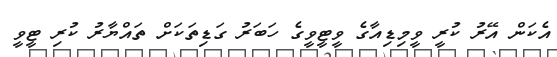
އެކަން އޭރު ކުރީ ވީމިޑިއާގެ ވީޓީވީގެ ހަބަރު ގަޑިތަކަށް ތައްޔާރު ކުރި ޓީވީ